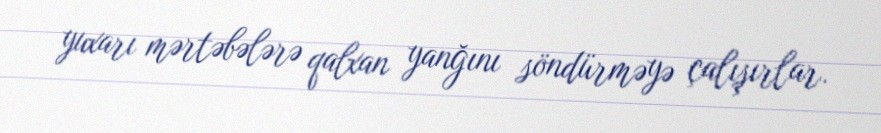
yuxarı mərtəbələrə qalxan yanğını söndürməyə çalışırlar.